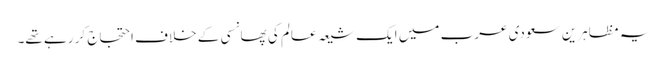
یہ مظاہرین سعودی عرب میں ایک شیعہ عالم کی پھانسی کے خلاف احتجاج کر رہے تھے۔